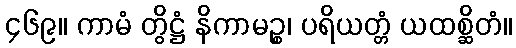
၄၆၉။ ကာမံ တွိဋ္ဌံ နိကာမဉ္စ၊ ပရိယတ္တံ ယထစ္ဆိတံ။